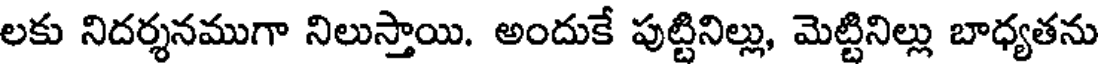
లకు నిదర్శనముగా నిలుస్తాయి. అందుకే పుట్టినిల్లు, మెట్టినిల్లు బాధ్యతను